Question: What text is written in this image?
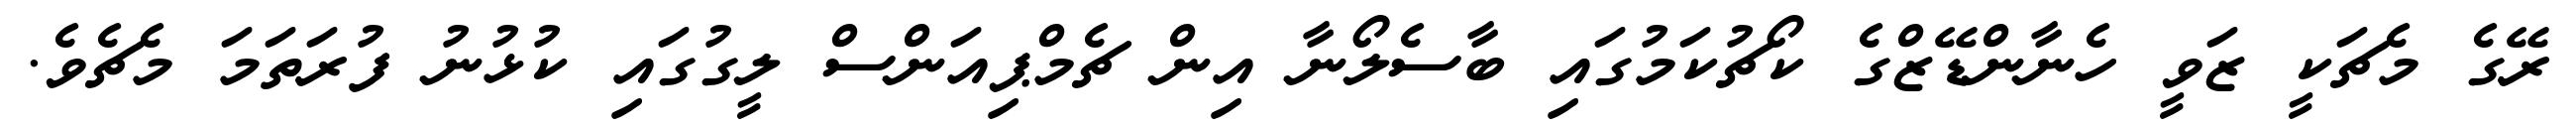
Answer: ރޭގެ މެޗަކީ ޒަވީ ހެނާންޑޭޒްގެ ކޯޗުކަމުގައި ބާސެލޯނާ އިން ޗެމްޕިއަންސް ލީގުގައި ކުޅުނު ފުރަތަމަ މެޗެވެ.